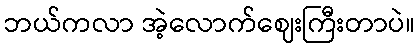
ဘယ်ကလာ အဲ့လောက်ဈေးကြီးတာပဲ။